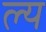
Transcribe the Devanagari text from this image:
ल्य